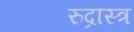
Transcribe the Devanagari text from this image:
रुद्रास्त्र